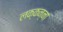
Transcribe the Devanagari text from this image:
लक्कन्ना